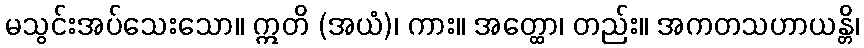
မသွင်းအပ်သေးသော။ ဣတိ (အယံ)၊ ကား။ အတ္ထော၊ တည်း။ အကတသဟာယန္တိ၊